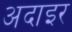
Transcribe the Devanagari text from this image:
अदाइर